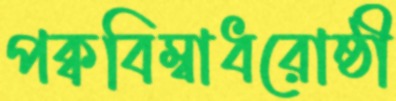
পক্ববিম্বাধরোষ্ঠী